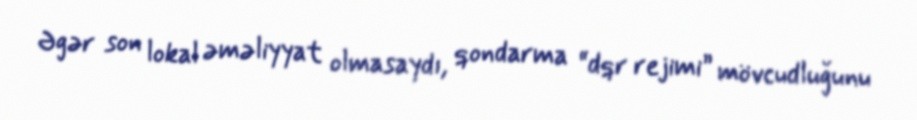
Əgər son lokal əməliyyat olmasaydı, qondarma “dqr rejimi” mövcudluğunu